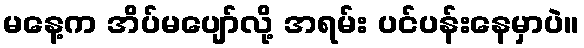
မနေ့က အိပ်မပျော်လို့ အရမ်း ပင်ပန်းနေမှာပဲ။